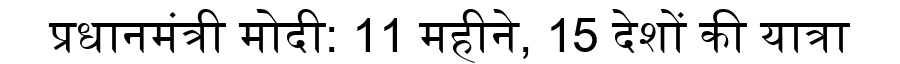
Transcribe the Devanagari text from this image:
प्रधानमंत्री मोदी: 11 महीने, 15 देशों की यात्रा